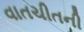
વાતચીતની